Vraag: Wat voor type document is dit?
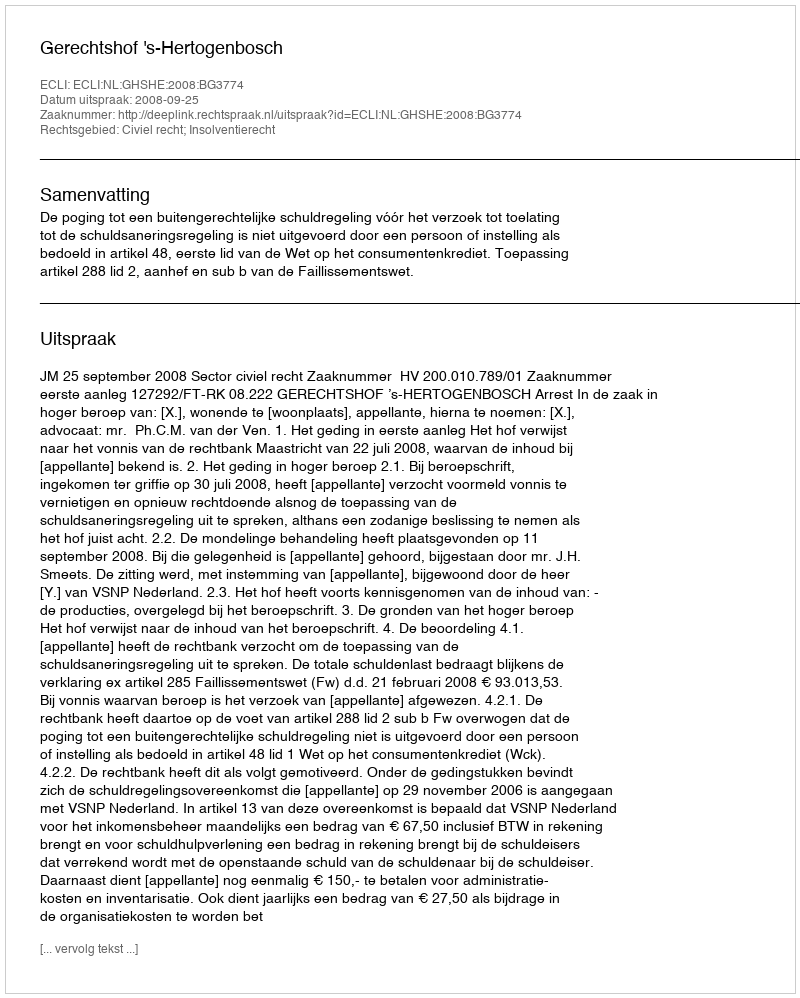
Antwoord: Uitspraak